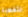
لتغطية